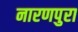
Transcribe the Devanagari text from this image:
नारणपुरा